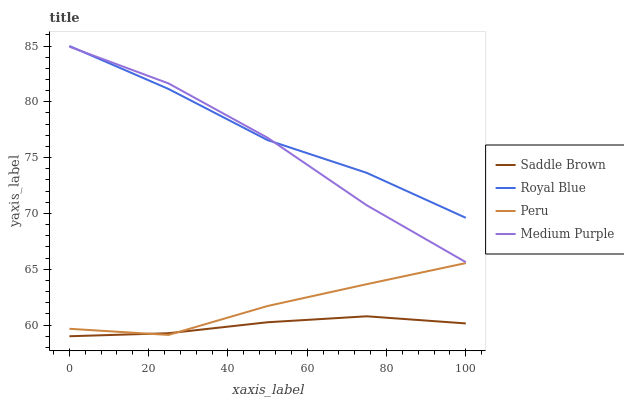
| xaxis_label | Saddle Brown | Royal Blue | Peru | Medium Purple |
 | --- | --- | --- | --- | --- |
 | 0 | 59 | 85 | 59.7 | 84.9 |
 | 25 | 59.3 | 81.2 | 59.1 | 81.7 |
 | 50 | 60.3 | 76.6 | 61.7 | 76.8 |
 | 75 | 60.8 | 73.6 | 63.7 | 70.7 |
 | 100 | 60.1 | 69.6 | 65.6 | 65.6 |